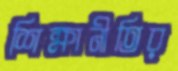
শিক্ষানীতির